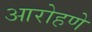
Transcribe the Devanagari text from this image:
आरोहणे